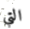
التي